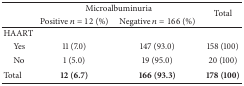
|  | <COLSPAN=2> Microalbuminuria | <ROWSPAN=2> Total |
 |  | Positive n = 12 (%) | Negative n = 166 (%) |
 | --- | --- | --- | --- |
 | HAART |  |  |  |
 | Yes | 11 (7.0) | 147 (93.0) | 158 (100) |
 | No | 1 (5.0) | 19 (95.0) | 20 (100) |
 | Total | 12 (6.7) | 166 (93.3) | 178 (100) |